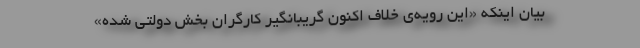
بیان اینکه «این رویه‌ی خلاف اکنون گریبانگیر کارگران بخش دولتی شده»